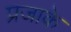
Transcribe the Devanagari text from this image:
प्रजाके